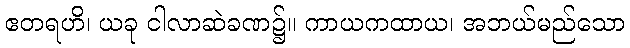
ဧတရဟိ၊ ယခု ငါလာဆဲခဏ၌။ ကာယကထာယ၊ အဘယ်မည်သော